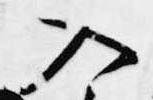
入